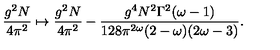
\frac { g ^ { 2 } N } { 4 \pi ^ { 2 } } \mapsto \frac { g ^ { 2 } N } { 4 \pi ^ { 2 } } - \frac { g ^ { 4 } N ^ { 2 } \Gamma ^ { 2 } ( \omega - 1 ) } { 1 2 8 \pi ^ { 2 \omega } ( 2 - \omega ) ( 2 \omega - 3 ) } .